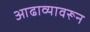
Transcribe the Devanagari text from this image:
आढाव्यावरून